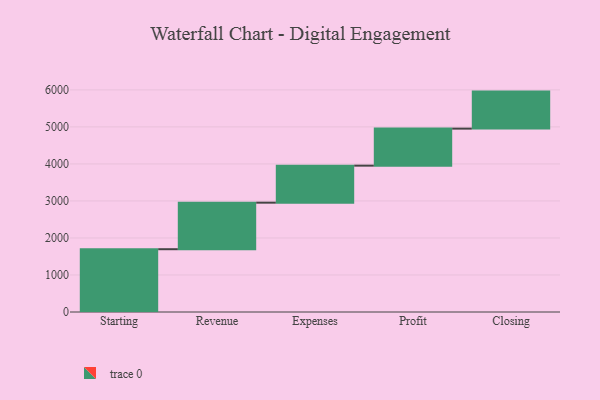
{"axis": {"x": "Step", "y": "Value"}, "legend": [""], "data": [{"x": "Starting", "y": 1696.0, "type": ""}, {"x": "Revenue", "y": 1257.0, "type": ""}, {"x": "Expenses", "y": 1000, "type": ""}, {"x": "Profit", "y": 1000, "type": ""}, {"x": "Closing", "y": 1000, "type": ""}]}